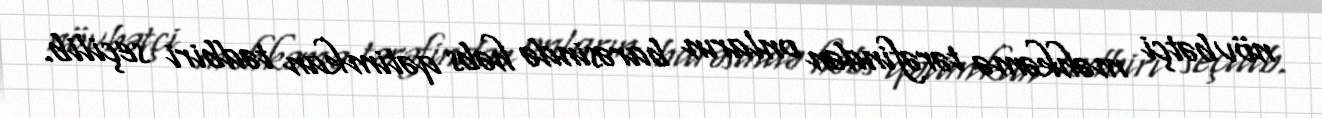
növbətçi məhkəmə tərəfindən onların barəsində həbs qətimkan tədbiri seçilib.